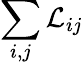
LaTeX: \sum_{i,j}\mathcal{L}_{ij}